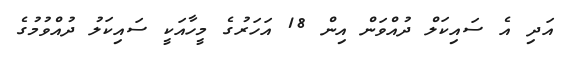
އަދި އެ ސައިކަލް ދުއްވަން އިން 18 އަހަރުގެ މީހާއަކީ ސައިކަލު ދުއްވުމުގެ